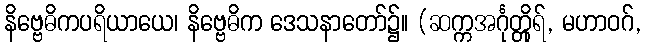
နိဗ္ဗေဓိကပရိယာယေ၊ နိဗ္ဗေဓိက ဒေသနာတော်၌။ (ဆက္ကအင်္ဂုတ္တိုရ်, မဟာဝဂ်,